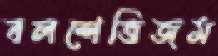
বলশেভিজম